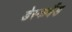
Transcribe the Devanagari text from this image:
डेस्कबैंड